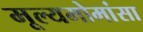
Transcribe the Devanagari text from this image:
मूल्यमोमांसा